Annual report of the Prince of Wales Medical College, Patna
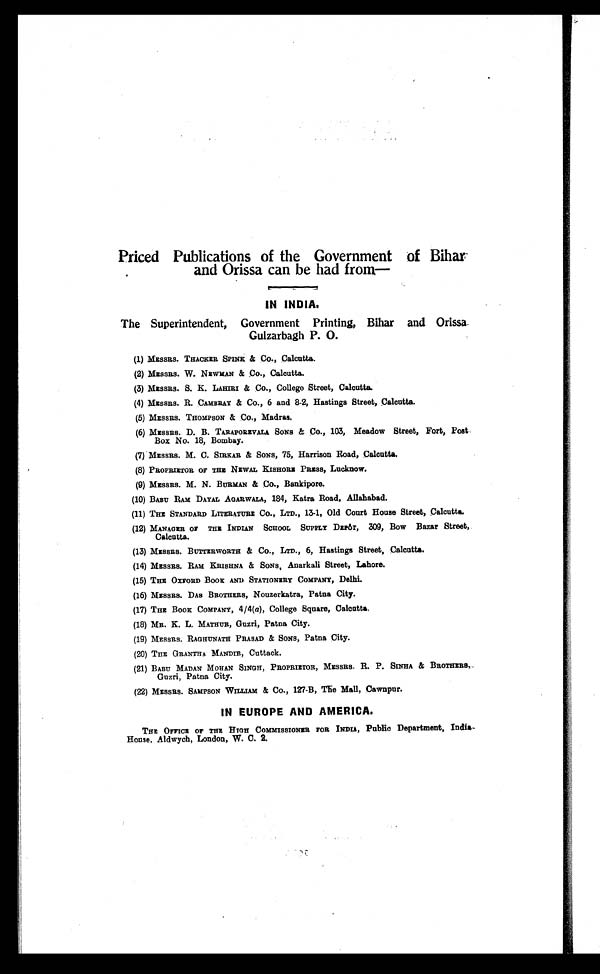
Priced Publications of the Government of Bihar
and Orissa can be had from,
—
IN INDIA.
The Superintendent, Government Printing, Bihar and Orissa
Gulzarbagh P. O.
(1)MESSRS. THACKER SPINK & Co., Calcutta.
(2)MESSRS. W. NEWMAN & Co., Calcutta.
(3)MESSRS. S. K. LAHIRI & Co., College Street, Calcutta.
(4)MESSRS. R. CAMBRAY & Co., 6 and 8-2, Hastings Street, Calcutta.
(5)MESSRS. THOMPSON & Co., Madras.
(6)MESSRS. D. B. TARAPOREVALA SONS & Co., 103, Meadow Street, Fort, Post
Box No. 18, Bombay.
(7)MESSRS. M. C. SIRKAR & SONS, 75, Harrison Road, Calcutta.
(8)PROPRIETOR OF THE NEWAL KISHORE PRESS, Lucknow.
(9)MESSRS. M. N. BURMAN & CO., Bankipore.
(10) BABU RAM DAYAL AGARWALA, 184, Katra Road, Allahabad.
(11) THE STANDARD LITERATURE Co., LTD., 13-1, Old Court House Street, Calcutta.
(12) MANAGER OF THE INDIAN SCHOOL SUPPLY DEPOT, 309, Bow Bazar Street,
Calcutta.
(13) MESSRS. BUTTERWORTH & Co., LTD., 6, Hastings Street, Calcutta.
(14) MESSRS. RAM KRISHNA & SONS, Anarkali Street, Lahore.
(15) THE OXFORD BOOK AND STATIONERY COMPANY, Delhi.
(16) MESSRS. DAS BROTHERS, Nouzerkatra, Patna City.
(17) THE BOOK COMPANY, 4/4(a), College Square, Calcutta,
(18) MR. K. L. MATHUB, Guzri, Patna City.
(19) MESSRS. RAGHUNATH PRASAD & SONS, Patna City.
(20) THE GRANTHA MANDIR, Cuttack.
(21) BABU MADAN MOHAN SINGH, PROPRIETOR, MESSRS. R. P. SINHA & BROTHERS
,
Guzri, Patna City
.
(22)
MESSRS. SAMPSON WILLIAM & Co., 127-B, The Mall, Cawnpur.
IN EUROPE AND AMERICA.
THE OFFICE OF THE HIGH COMMISSIONER FOR INDIA, Public Department, India-
House, Aldwych, London, W. C. 2.